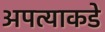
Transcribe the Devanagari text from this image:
अपत्याकडे